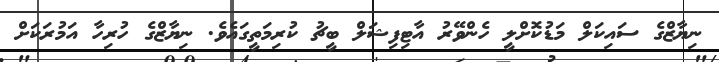
ނިޔާޒްގެ ސައިކަލް މަޑުކޮށްލީ ހެންވޭރު އާޓިފިޝަލް ބީޗު ކުރިމަތީގައެވެ. ނިޔާޒްގެ ހުރިހާ އަމުރަކަށް